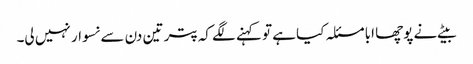
بیٹے نے پوچھا ابا مسئلہ کیا ہے تو کہنے لگے کہ پتر تین دن سے نسوار نہیں لی۔